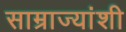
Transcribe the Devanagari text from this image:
साम्राज्यांशी